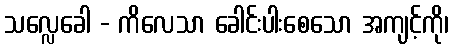
သလ္လေခေါ - ကိလေသာ ခေါင်းပါးစေသော အကျင့်ကို၊